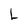
Character: L